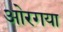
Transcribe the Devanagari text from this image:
ओरगया